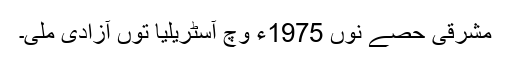
مشرقی حصے نوں 1975ء وچ آسٹریلیا توں آزادی ملی۔